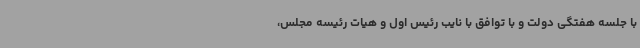
با جلسه هفتگی دولت و با توافق با نایب رئیس اول و هیات رئیسه مجلس،